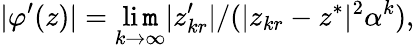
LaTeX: |\varphi^{\prime}(z)|=\operatorname*{li\mathtt{m}}_{k\to\infty}|z_{kr}^{\prime}|/(|z_{kr}-z^{*}|^{2}\alpha^{k}),